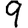
Digit: 9